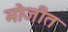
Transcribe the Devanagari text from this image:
मोजीत